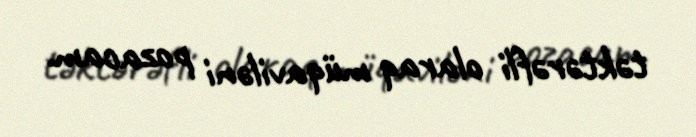
təktərəfli olaraq müqaviləni pozacam.